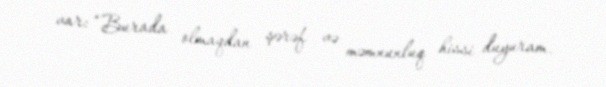
var: “Burada olmaqdan şərəf və məmnunluq hissi duyuram.